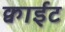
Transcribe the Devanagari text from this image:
क्वाईट